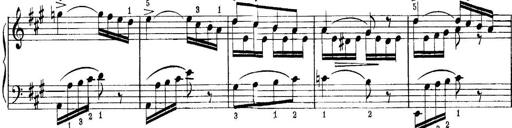
Title: Quatres sonatines
Composer: Tadeusz Joteyko